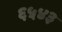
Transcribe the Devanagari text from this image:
६५४३